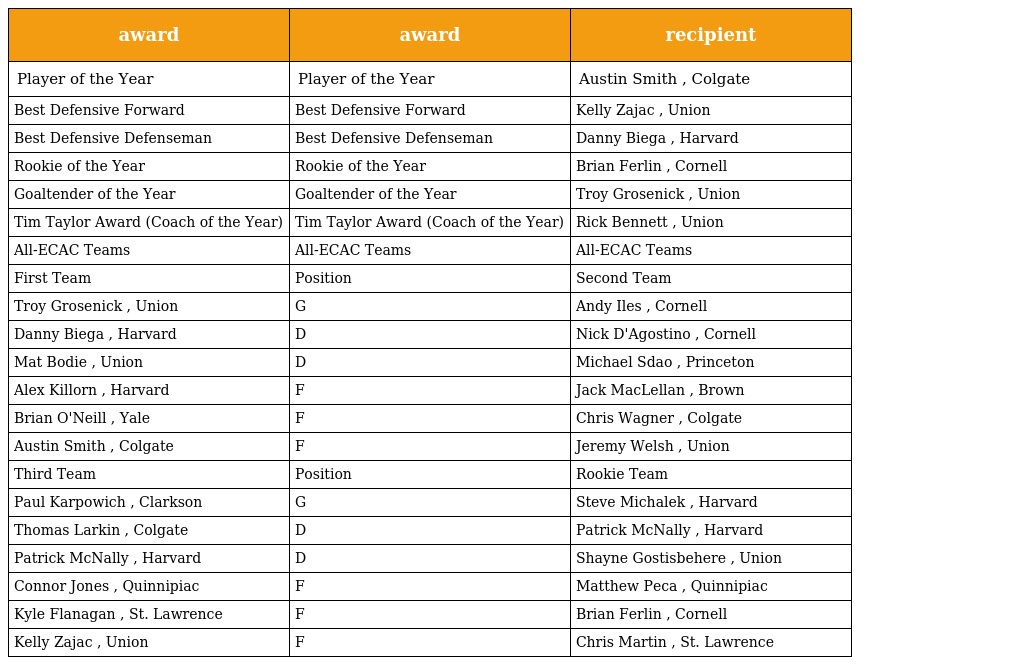
| award | award | recipient |
 | --- | --- | --- |
 | Player of the Year | Player of the Year | Austin Smith , Colgate |
 | Best Defensive Forward | Best Defensive Forward | Kelly Zajac , Union |
 | Best Defensive Defenseman | Best Defensive Defenseman | Danny Biega , Harvard |
 | Rookie of the Year | Rookie of the Year | Brian Ferlin , Cornell |
 | Goaltender of the Year | Goaltender of the Year | Troy Grosenick , Union |
 | Tim Taylor Award (Coach of the Year) | Tim Taylor Award (Coach of the Year) | Rick Bennett , Union |
 | All-ECAC Teams | All-ECAC Teams | All-ECAC Teams |
 | First Team | Position | Second Team |
 | Troy Grosenick , Union | G | Andy Iles , Cornell |
 | Danny Biega , Harvard | D | Nick D'Agostino , Cornell |
 | Mat Bodie , Union | D | Michael Sdao , Princeton |
 | Alex Killorn , Harvard | F | Jack MacLellan , Brown |
 | Brian O'Neill , Yale | F | Chris Wagner , Colgate |
 | Austin Smith , Colgate | F | Jeremy Welsh , Union |
 | Third Team | Position | Rookie Team |
 | Paul Karpowich , Clarkson | G | Steve Michalek , Harvard |
 | Thomas Larkin , Colgate | D | Patrick McNally , Harvard |
 | Patrick McNally , Harvard | D | Shayne Gostisbehere , Union |
 | Connor Jones , Quinnipiac | F | Matthew Peca , Quinnipiac |
 | Kyle Flanagan , St. Lawrence | F | Brian Ferlin , Cornell |
 | Kelly Zajac , Union | F | Chris Martin , St. Lawrence |